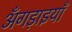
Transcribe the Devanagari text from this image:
अँगड़ाइयाँ